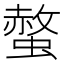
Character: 螫